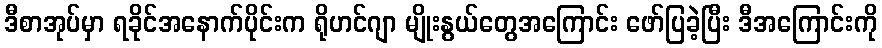
ဒီစာအုပ်မှာ ရခိုင်အနောက်ပိုင်းက ရိုဟင်ဂျာ မျိုးနွယ်တွေအကြောင်း ဖော်ပြခဲ့ပြီး ဒီအကြောင်းကို